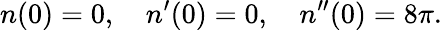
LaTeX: n(0)=0,\quad n^{\prime}(0)=0,\quad n^{\prime\prime}(0)=8\pi.